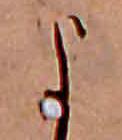
よ